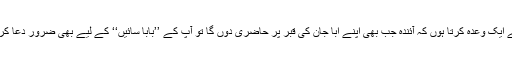
آپ سے ایک وعدہ کرتا ہوں کہ آئندہ جب بھی اپنے ابا جان کی قبر پر حاضری دوں گا تو آپ کے ’’بابا سائیں‘‘ کے لیے بھی ضرور دعا کروں گا۔